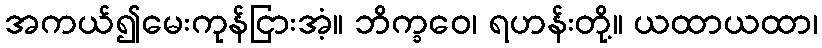
အကယ်၍မေးကုန်ငြားအံ့။ ဘိက္ခဝေ၊ ရဟန်းတို့။ ယထာယထာ၊